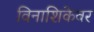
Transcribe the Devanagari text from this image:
विनाशिकेवर